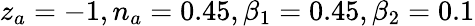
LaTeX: z_{a}=-1,n_{a}=0.45,\beta_{1}=0.45,\beta_{2}=0.1